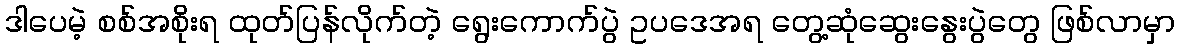
ဒါပေမဲ့ စစ်အစိုးရ ထုတ်ပြန်လိုက်တဲ့ ရွေးကောက်ပွဲ ဥပဒေအရ တွေ့ဆုံဆွေးနွေးပွဲတွေ ဖြစ်လာမှာ